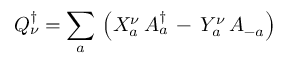
Q _ { \nu } ^ { \dagger } = \sum _ { a } \, \left( X _ { a } ^ { \nu } \, A _ { a } ^ { \dagger } \, - \, Y _ { a } ^ { \nu } \, A _ { - a } \right)